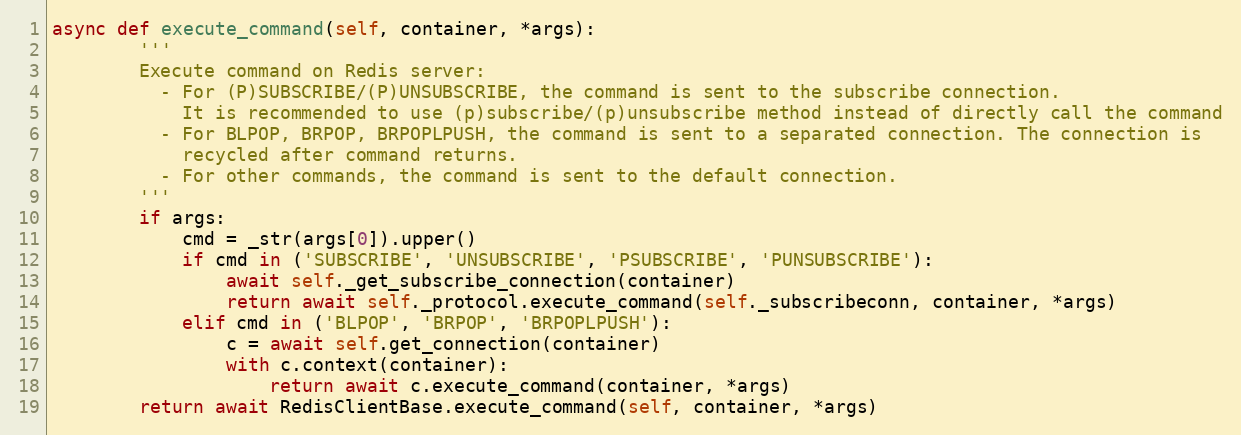
Language: Python
async def execute_command(self, container, *args):
        '''
        Execute command on Redis server:
          - For (P)SUBSCRIBE/(P)UNSUBSCRIBE, the command is sent to the subscribe connection.
            It is recommended to use (p)subscribe/(p)unsubscribe method instead of directly call the command
          - For BLPOP, BRPOP, BRPOPLPUSH, the command is sent to a separated connection. The connection is
            recycled after command returns.
          - For other commands, the command is sent to the default connection.
        '''
        if args:
            cmd = _str(args[0]).upper()
            if cmd in ('SUBSCRIBE', 'UNSUBSCRIBE', 'PSUBSCRIBE', 'PUNSUBSCRIBE'):
                await self._get_subscribe_connection(container)
                return await self._protocol.execute_command(self._subscribeconn, container, *args)
            elif cmd in ('BLPOP', 'BRPOP', 'BRPOPLPUSH'):
                c = await self.get_connection(container)
                with c.context(container):
                    return await c.execute_command(container, *args)
        return await RedisClientBase.execute_command(self, container, *args)